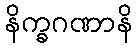
နိက္ခဂဏာနိ